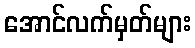
အောင်လက်မှတ်များ